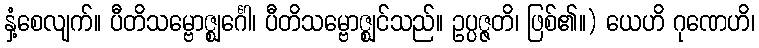
နှံ့စေလျက်။ ပီတိသမ္ဗောဇ္ဈင်္ဂေါ၊ ပီတိသမ္ဗောဇ္ဈင်သည်။ ဥပ္ပဇ္ဇတိ၊ ဖြစ်၏။) ယေဟိ ဂုဏေဟိ၊